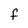
Character: f